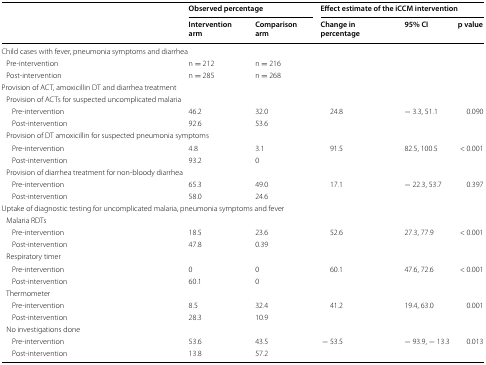
<table><thead><tr><td rowspan="2"></td><td colspan="2"><b>Observed percentage</b></td><td colspan="3"><b>Effect estimate of the iCCM intervention</b></td></tr><tr><td><b>Intervention arm</b></td><td><b>Comparison arm</b></td><td><b>Change in percentage</b></td><td><b>95% CI</b></td><td><b>p value</b></td></tr></thead><tbody><tr><td colspan="6">Child cases with fever, pneumonia symptoms and diarrhea</td></tr><tr><td> Pre-intervention</td><td>n = 212</td><td>n = 216</td><td></td><td></td><td></td></tr><tr><td> Post-intervention</td><td>n = 285</td><td>n = 268</td><td></td><td></td><td></td></tr><tr><td colspan="6">Provision of ACT, amoxicillin DT and diarrhea treatment</td></tr><tr><td colspan="3"> Provision of ACTs for suspected uncomplicated malaria</td><td></td><td></td><td></td></tr><tr><td>Pre-intervention</td><td>46.2</td><td>32.0</td><td rowspan="2">24.8</td><td rowspan="2">− 3.3, 51.1</td><td rowspan="2">0.090</td></tr><tr><td>Post-intervention</td><td>92.6</td><td>53.6</td></tr><tr><td colspan="6"> Provision of DT amoxicillin for suspected pneumonia symptoms</td></tr><tr><td>Pre-intervention</td><td>4.8</td><td>3.1</td><td rowspan="2">91.5</td><td rowspan="2">82.5, 100.5</td><td rowspan="2">&lt; 0.001</td></tr><tr><td>Post-intervention</td><td>93.2</td><td>0</td></tr><tr><td colspan="6"> Provision of diarrhea treatment for non-bloody diarrhea</td></tr><tr><td>Pre-intervention</td><td>65.3</td><td>49.0</td><td rowspan="2">17.1</td><td rowspan="2">− 22.3, 53.7</td><td rowspan="2">0.397</td></tr><tr><td>Post-intervention</td><td>58.0</td><td>24.6</td></tr><tr><td colspan="6">Uptake of diagnostic testing for uncomplicated malaria, pneumonia symptoms and fever</td></tr><tr><td colspan="6"> Malaria RDTs</td></tr><tr><td>Pre-intervention</td><td>18.5</td><td>23.6</td><td rowspan="2">52.6</td><td rowspan="2">27.3, 77.9</td><td rowspan="2">&lt; 0.001</td></tr><tr><td>Post-intervention</td><td>47.8</td><td>0.39</td></tr><tr><td colspan="6"> Respiratory timer</td></tr><tr><td>Pre-intervention</td><td>0</td><td>0</td><td rowspan="2">60.1</td><td rowspan="2">47.6, 72.6</td><td rowspan="2">&lt; 0.001</td></tr><tr><td>Post-intervention</td><td>60.1</td><td>0</td></tr><tr><td colspan="6"> Thermometer</td></tr><tr><td>Pre-intervention</td><td>8.5</td><td>32.4</td><td rowspan="2">41.2</td><td rowspan="2">19.4, 63.0</td><td rowspan="2">0.001</td></tr><tr><td>Post-intervention</td><td>28.3</td><td>10.9</td></tr><tr><td colspan="6"> No investigations done</td></tr><tr><td>Pre-intervention</td><td>53.6</td><td>43.5</td><td rowspan="2">− 53.5</td><td rowspan="2">− 93.9, − 13.3</td><td rowspan="2">0.013</td></tr><tr><td>Post-intervention</td><td>13.8</td><td>57.2</td></tr></tbody></table>